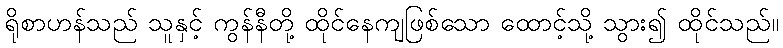
ရိုစာဟန်သည် သူနှင့် ကွန်နီတို့ ထိုင်နေကျဖြစ်သော ထောင့်သို့ သွား၍ ထိုင်သည်။